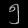
Digit: ၅